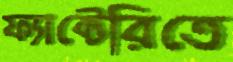
ফ্যাক্টেরিতে